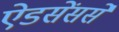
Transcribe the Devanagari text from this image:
ऐडसेंससे